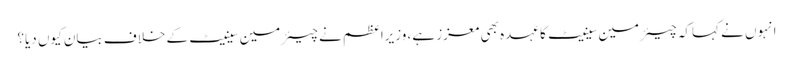
انہوں نے کہاکہ چیئرمین سینیٹ کا عہدہ بھی معزز ہے، وزیراعظم نے چیئرمین سینیٹ کے خلاف بیان کیوں دیا؟